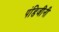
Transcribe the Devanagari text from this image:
पंडिजींनी